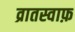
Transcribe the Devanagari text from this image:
व्रातस्वाफ़